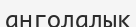
анголалық